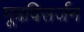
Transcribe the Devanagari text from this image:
मूत्रविसर्जन